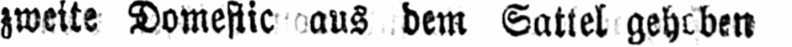
zweite Domestic aus dem Sattel gehoben